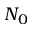
N _ { 0 }